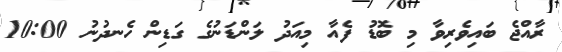
ރާއްޖެ ބައިވެރިވާ މި ބޮޑު ފެއާ މިއަދު ލަންޑަނުގެ ގަޑިން ހެނދުނު 10:00